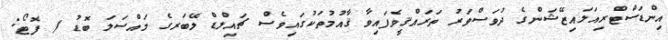
އިންޑަސްޓްރިއަލައިޒޭޝަންގެ ދުވަސްވަރު ތަރައްޤީވެފައިވާ ޤާއުމުތަކުގައިވެސް ޗައިލްޑް ލޭބަރގެ މައްސަލަ ބޮޑު / ފޮޓޯ: